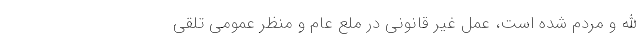
الله و مردم شده است، عمل غیر قانونی در ملع عام و منظر عمومی تلقی